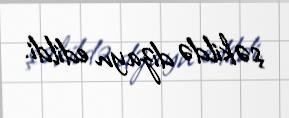
şəkildə dizayn edildi.